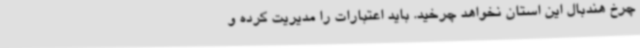
چرخ هندبال این استان نخواهد چرخید. باید اعتبارات را مدیریت کرده و